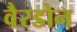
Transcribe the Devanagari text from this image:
वैरडोन